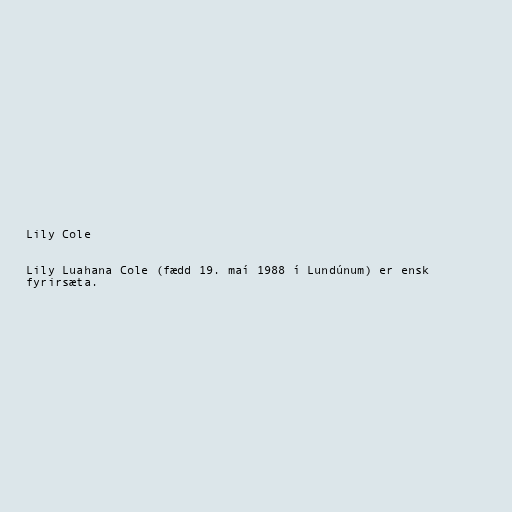
Lily Cole

Lily Luahana Cole (fædd 19. maí 1988 í Lundúnum) er ensk
fyrirsæta.